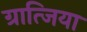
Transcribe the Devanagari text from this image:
ग्रात्जिया